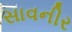
સાવનીર